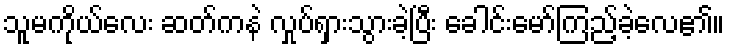
သူမကိုယ်လေး ဆတ်ကနဲ လှုပ်ရှားသွားခဲ့ပြီး ခေါင်းမော်ကြည့်ခဲ့လေ၏။